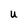
Character: U